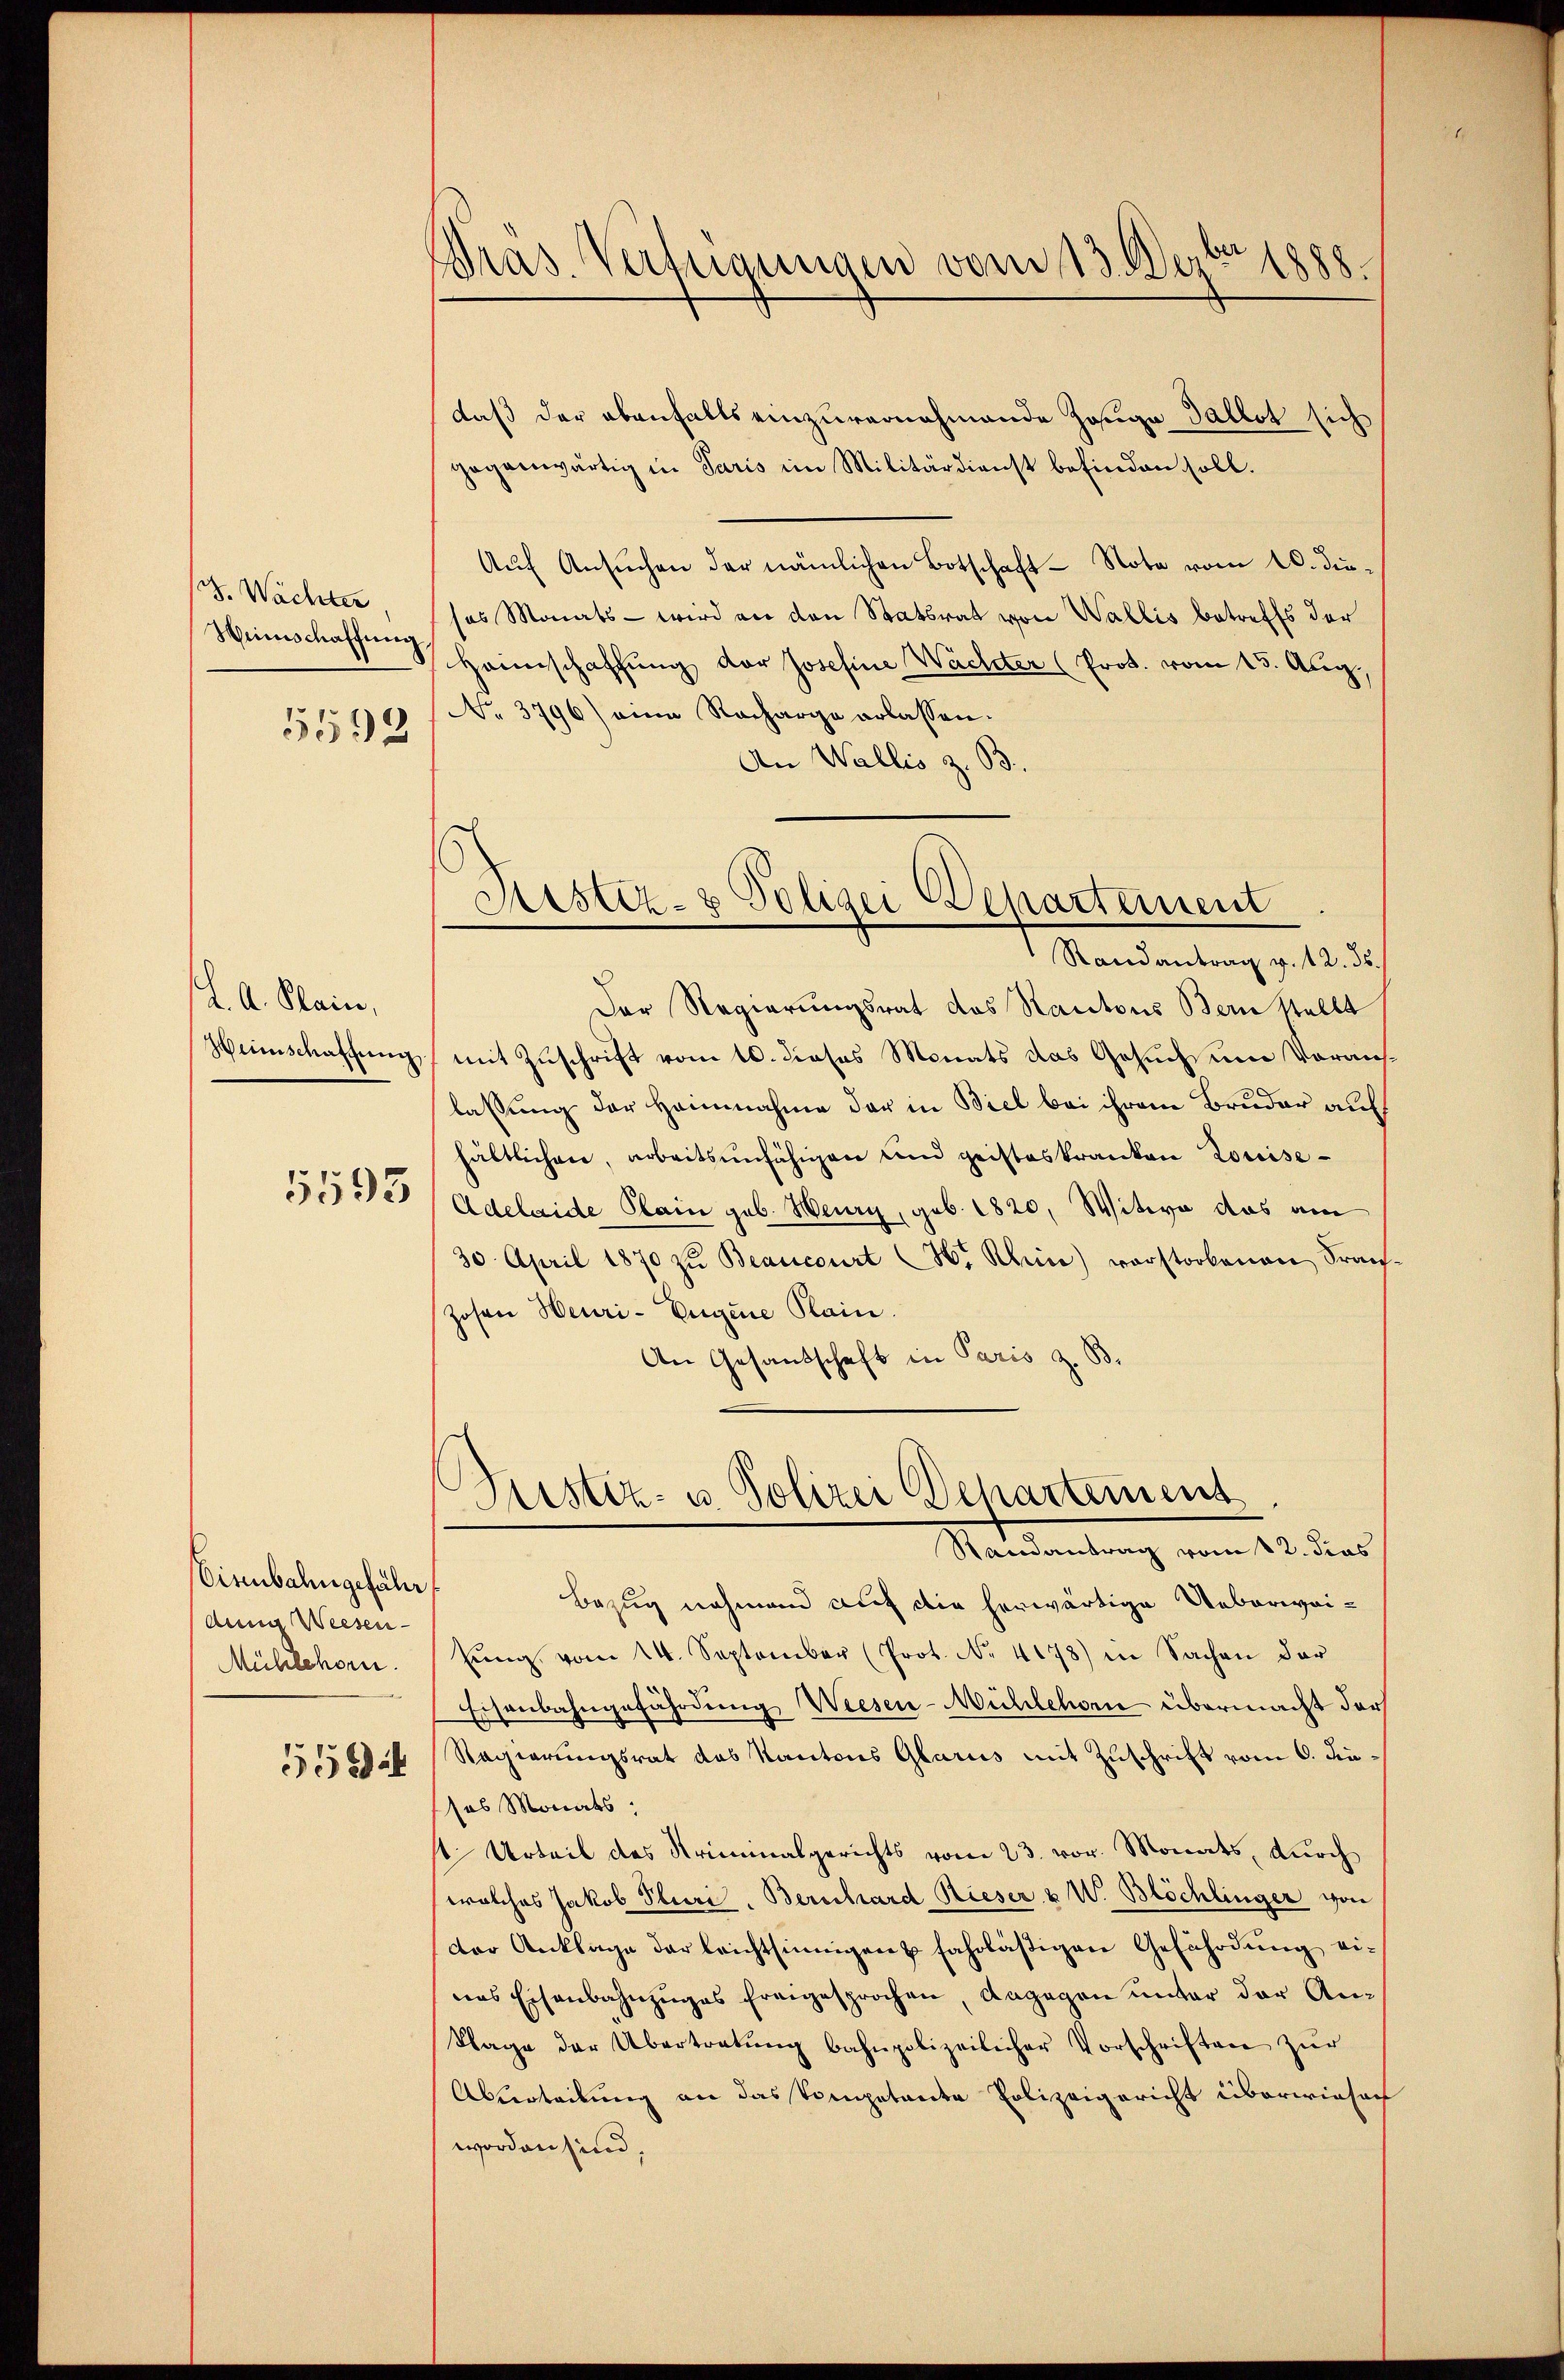
(J. Wächter
Heimschaffung
5592

K. A. Stain.
Weinschaffŭng

5593

Eisenbahngefähr
dung Weesen
Mühlehorn.
556

Pras. Verfügungen vom 13. Dezbr 1888.

daß der ebenfalls einzuvernahmende Zauga Gallot sich
gegenwärtig in Paris im Militärdienst befinden soll.
Aŭf Ansŭchen der nämlichen Botschaft - Note vom 10. Juses Monats - wird an den Statsrat von Wallis betreffs der
Heimschaffung der Josefine Wachter (Prot. vom 15. Aug.
No. 3796) eine Racharge erlassen.
An Wallis z. B.
Der Regierungsrat des Rantons Bern stellt
mit Zuschrift vom 10. dieses Monats das Gesuch, um Vorauslassung der Heinnahme der in Biel bei ihrem Bruder auf
hältlichen, arbeitsunfähigen und geisteskranken Louise-
Adelaide Plain geb. Heurg, geb. 1820, Witwe das am
30. April 1870 zŭ Beancourt (H. Rhein) vorstorbenen Prach.
zosen Heuri-Eugene Plain.
An Gesandschaft in Paris z. B.

Aistiz- & Polizei Departement
Randantrag v. 12. ds.

Justiz- u. Polizei Departement
Mandantung vom 23. das

Bezug nehmend auf die herwärtige Ueberwaisŭng vom 14. September (Prot. No. 4178) in Sachen der
Eisenbahngefährdung Wiesen-Mühlehorn übermacht darf
Regierungsrat das Kantons Glarus mit Zuschrift vom 6. Finses Monats:
st Urteil des Kriminalgerichts vom 23. vor. Monats, durch
welches Jakob Sture. Bernhard Rieser u W. Blöchlinger von
der Anklage der leichtsinnigen u fahrläßigen Gefährdung ei-
nas Eisenbahnzŭges freigesprochen, dagegen unter der Anklage der Übertretŭng bahnpolizeilicher Vorschriften zŭr
Abvrteilung an das Vompetente Polizeigericht überwiesach
worden sind.